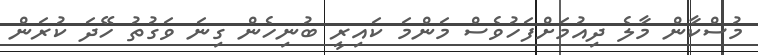
މުސްކާން މާލެ ދިއުމަށްފަހުވެސް މަންމަ ކައިރީ ބުނިހެން ގިނަ ވަގުތު ހޭދަ ކުރަން